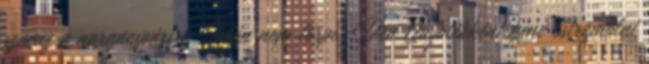
szavaz a narancspártra. Talán nem törpe-Don Quijotékként kéne ostromolni